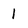
Character: I